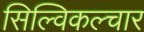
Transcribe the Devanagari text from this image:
सिल्विकल्चार